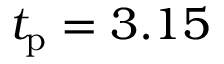
t _ { \mathrm { p } } = 3 . 1 5